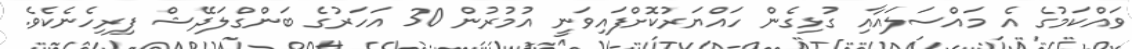
ވައްކަމުގެ އެ މައްސަލައާއި ގުޅިގެން ހައްޔަރުކޮށްފައިވަނީ އުމުރުން 30 އަހަރުގެ ބަންގްލަދޭޝް ފިރިހެނެކެވެ.